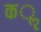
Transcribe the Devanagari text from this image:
कॣ